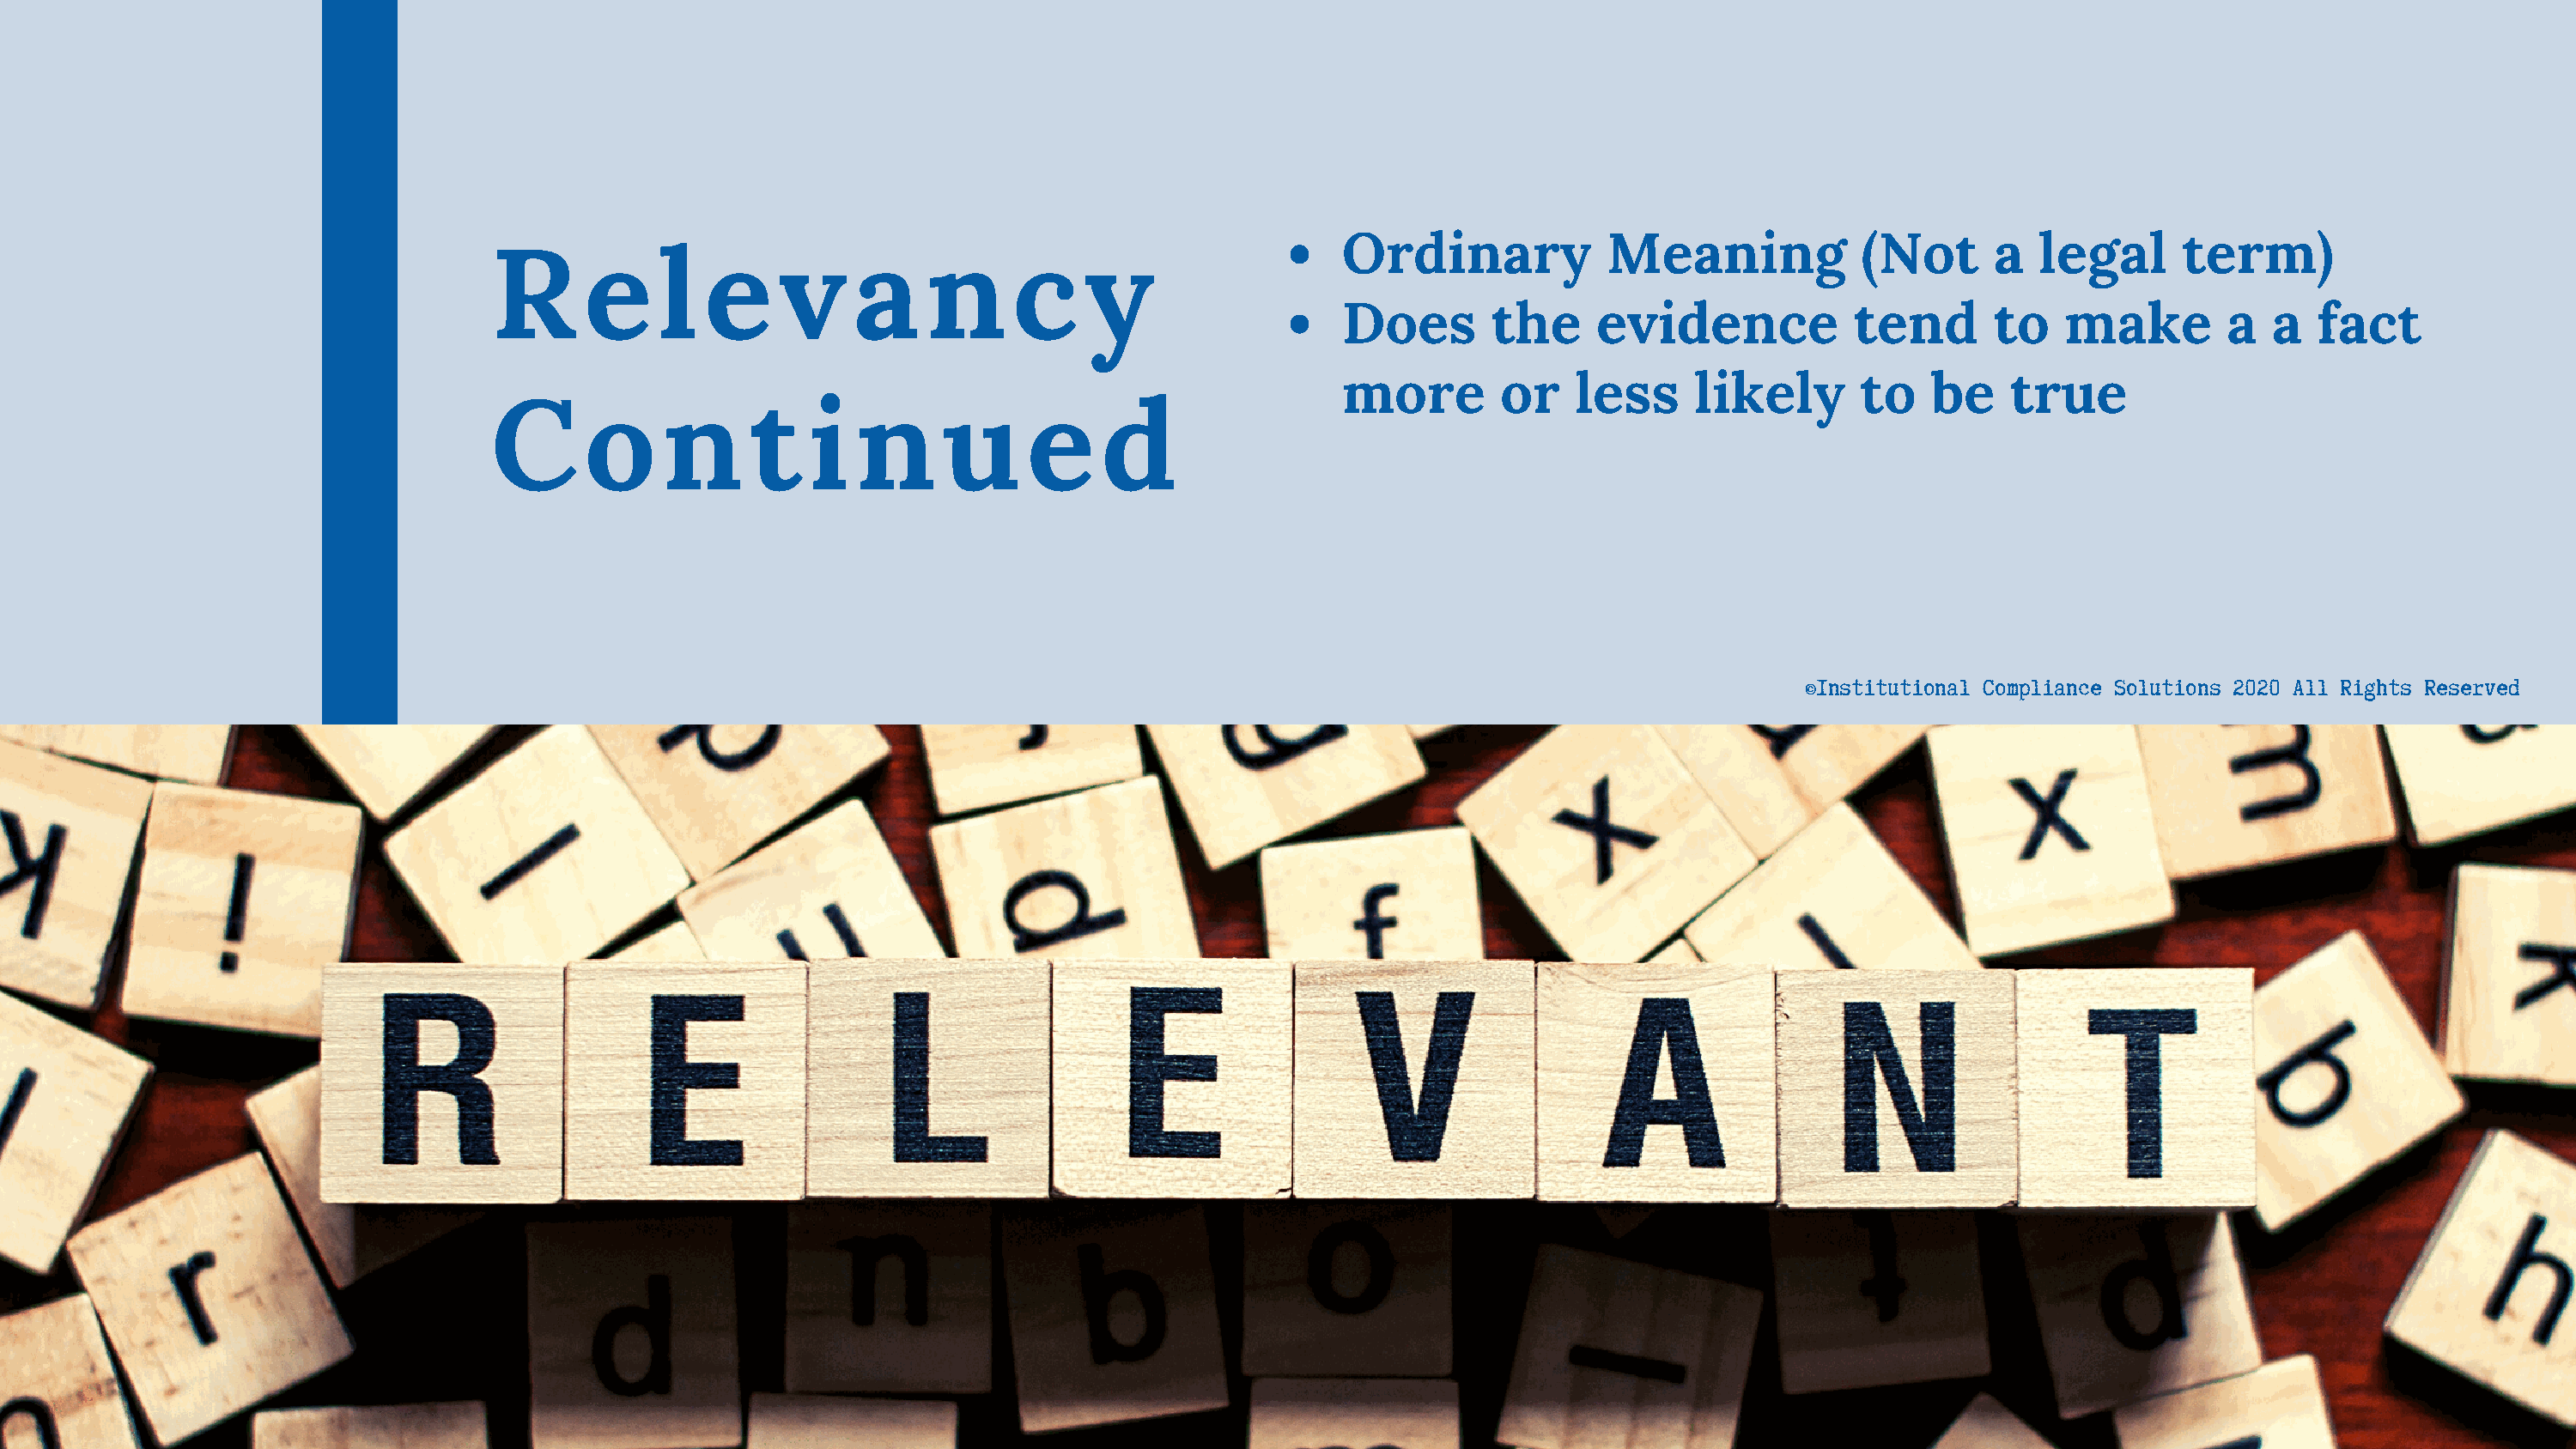
Ordinary             Meaning             (Not      a  legal      term)
 R      e     l  e     v     a    n      c     y
 Does        the     evidence            tend       to   make         a  a   fact
 more         or   less      likely      to    be    true
 C      o     n      t   i   n      u     e     d
 ©Institutional Compliance Solutions 2020 All Rights Reserved